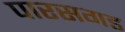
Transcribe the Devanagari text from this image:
पारसगड